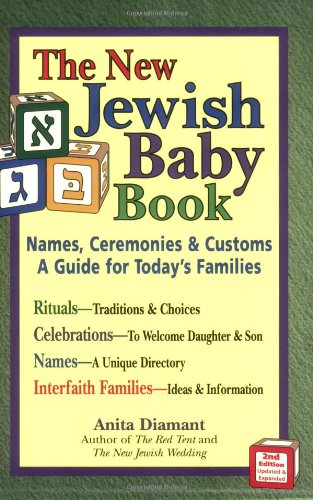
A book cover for New Jewish Baby Book: Names, Ceremonies & CustomsA Guide for Today's Families; Anita Diamant; Religion & Spirituality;